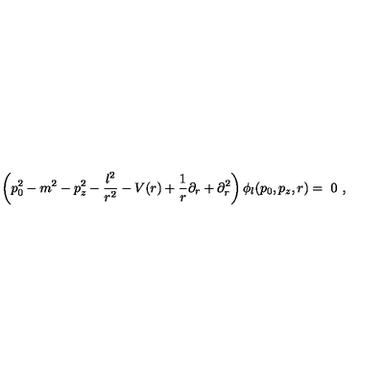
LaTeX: \left( p _ { 0 } ^ { 2 } - m ^ { 2 } - p _ { z } ^ { 2 } - \frac { l ^ { 2 } } { r ^ { 2 } } - V ( r ) + \frac 1 r \partial _ { r } + \partial _ { r } ^ { 2 } \right) \phi _ { l } ( p _ { 0 } , p _ { z } , r ) = \ 0 \ ,